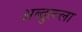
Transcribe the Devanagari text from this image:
अब्दुल्ल्ला